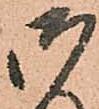
御